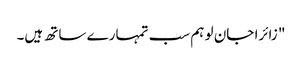
" زائرا جان لو ہم سب تمہارے ساتھ ہیں۔